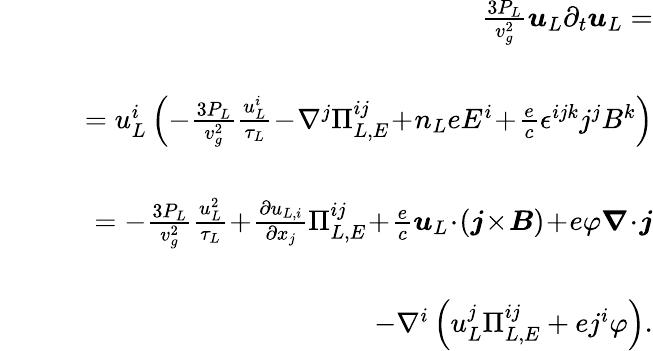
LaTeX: \begin{array}{rlr}&{}&{\! \! \frac{3P_{L}}{v_{g}^{2}}\boldsymbol{u}_{L}\partial_{t}\boldsymbol{u}_{L}=}\\ &{}&\\ &{}&{\quad=u_{L}^{i}\left(-\frac{3P_{L}}{v_{g}^{2}}\frac{u_{L}^{i}}{\tau_{L}}\! -\! \nabla^{j}\Pi_{L,E}^{ij}\! +\! n_{L}eE^{i}\! +\! \frac{e}{c}\epsilon^{ijk}j^{j}B^{k}\right)}\\ &{}&\\ &{}&{\quad=-\frac{3P_{L}}{v_{g}^{2}}\frac{u_{L}^{2}}{\tau_{L}}\! +\! \frac{\partial u_{L,i}}{\partial x_{j}}\Pi_{L,E}^{ij}\! +\! \frac{e}{c}\boldsymbol{u}_{L}\! \cdot\! (\boldsymbol{j}\! \times\! \boldsymbol{B})\! +\! e\varphi\boldsymbol{\nabla}\! \cdot\! \boldsymbol{j}}\\ &{}&\\ &{}&{\qquad\qquad-\nabla^{i}\left(u_{L}^{j}\Pi_{L,E}^{ij}+ej^{i}\varphi\right).}\end{array}